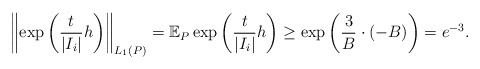
\begin{align*} \left\| \exp \left( \frac{t}{|I_i|} h \right) \right\|_{L_1(P)}= \mathbb E_P \exp \left( \frac{t}{|I_i|} h \right)\geq \exp \left( \frac{3}{B} \cdot (-B) \right)= e^{-3}.\end{align*}